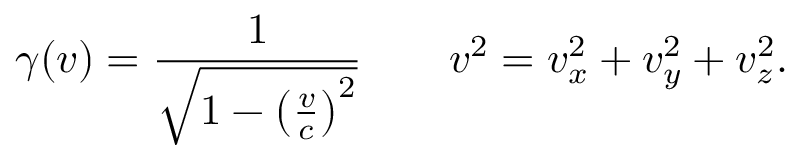
\gamma ( v ) = { \frac { 1 } { \sqrt { 1 - \left( { \frac { v } { c } } \right) ^ { 2 } } } } \qquad v ^ { 2 } = v _ { x } ^ { 2 } + v _ { y } ^ { 2 } + v _ { z } ^ { 2 } .